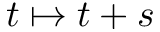
t \mapsto t + s